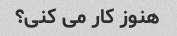
هنوز کار می کنی؟